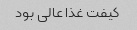
کیفت غذا عالی بود